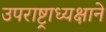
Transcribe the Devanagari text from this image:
उपराष्ट्राध्यक्षाने